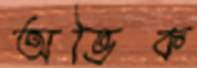
অভিক